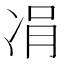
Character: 𠗓